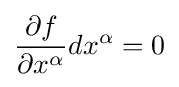
{\partial f \over \partial x^{\alpha }}dx^{\alpha }=0